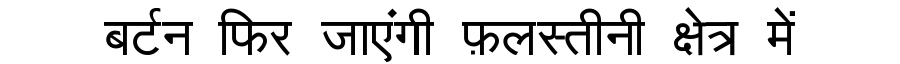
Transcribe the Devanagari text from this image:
बर्टन फिर जाएंगी फ़लस्तीनी क्षेत्र में